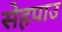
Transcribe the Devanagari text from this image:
सेहपाउ